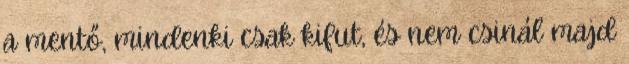
a mentő, mindenki csak kifut, és nem csinál majd